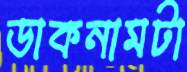
ডাকনামটা